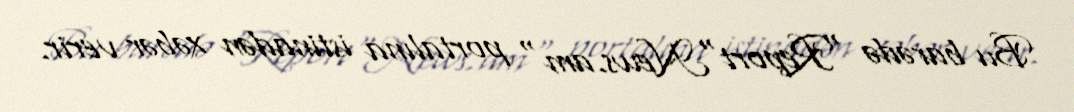
Bu barədə "Report"News.am" portalına istinadən xəbər verir.